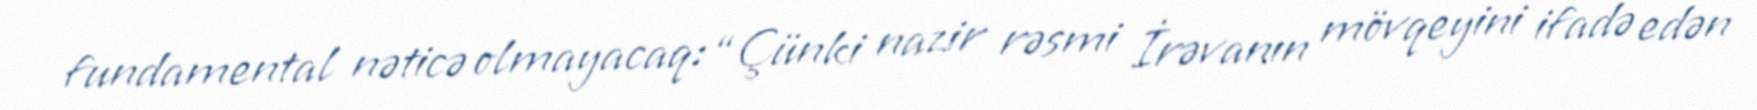
fundamental nəticə olmayacaq: “Çünki nazir rəsmi İrəvanın mövqeyini ifadə edən